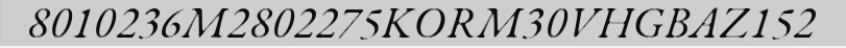
8010236M2802275KORM30VHGBAZ152